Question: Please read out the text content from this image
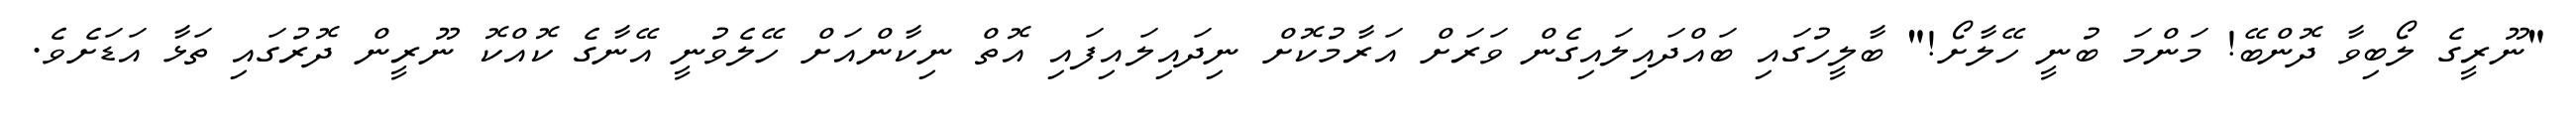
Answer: "ނޫރީގެ ލޯބިވާ ދޮންބޭ! މަންމަ ބުނީ ހޭލާށޯ!" ބާލީހުގައި ބައްދައިލައިގެން ވަރަށް އަރާމުކޮށް ނިދައިލައިފައި އޮތް ނިކާންއަށް ހޭލެވުނީ އޭނާގެ ކޮއްކޮ ނޫރީން ދޮރުގައި ތަޅާ އަޑަށެވެ.